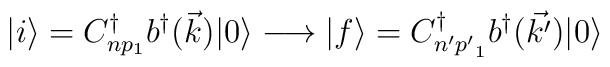
| i \rangle = C_{n p_1}^{\dag} b^{\dag} (\vec k) | 0 \rangle \longrightarrow | f\rangle = C_{n' {p'}_1}^{\dag} b^{\dag}(\vec{ k'}) | 0 \rangle